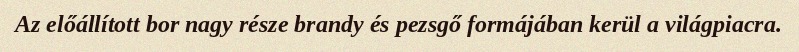
Az előállított bor nagy része brandy és pezsgő formájában kerül a világpiacra.